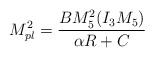
\begin{align*}M_{pl}^2=\frac{BM_5^2(I_3M_5)}{\alpha R+C}\end{align*}